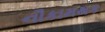
નૌકામથક